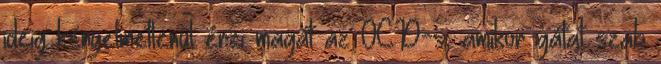
ideig kényelmetlenül érzi magát az OCD-s, amikor gátat szab